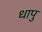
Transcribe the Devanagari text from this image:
धापु